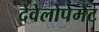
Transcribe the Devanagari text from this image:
देवेलोपेमेंट